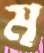
ম্